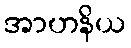
အာဟနိယ